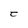
Character: C